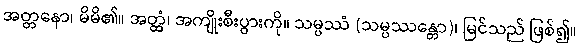
အတ္တနော၊ မိမိ၏။ အတ္ထံ၊ အကျိုးစီးပွားကို။ သမ္ပဿံ (သမ္ပဿန္တော)၊ မြင်သည် ဖြစ်၍။